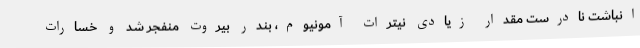
انباشت نادرست مقدار زیادی نیترات آمونیوم، بندر بیروت منفجر شد و خسارات